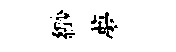
緲夢